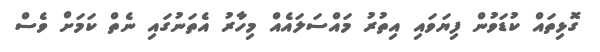
ގޮޅިތައް ކުޑަވުން ފިޔަވައި އިތުރު މައްސަލައެއް މިހާރު އެތަނުގައި ނެތް ކަމަށް ވެސް